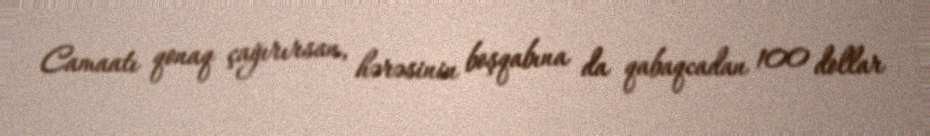
Camaatı qonaq çağırırsan, hərəsinin boşqabına da qabaqcadan 100 dollar